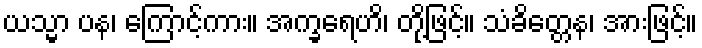
ယသ္မာ ပန၊ ကြောင့်ကား။ အက္ခရေဟိ၊ တို့ဖြင့်။ သံခိတ္တေန၊ အားဖြင့်။